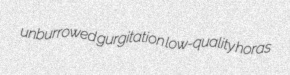
unburrowed gurgitation low-quality horas